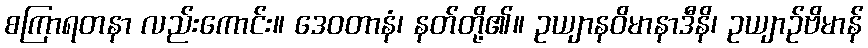
စကြာရတနာ လည်းကောင်း။ ဒေဝတာနံ၊ နတ်တို့၏။ ဥယျာနဝိမာနာဒီနိ၊ ဥယျာဉ်ဗိမာန်